Report on horse surra - Volume I
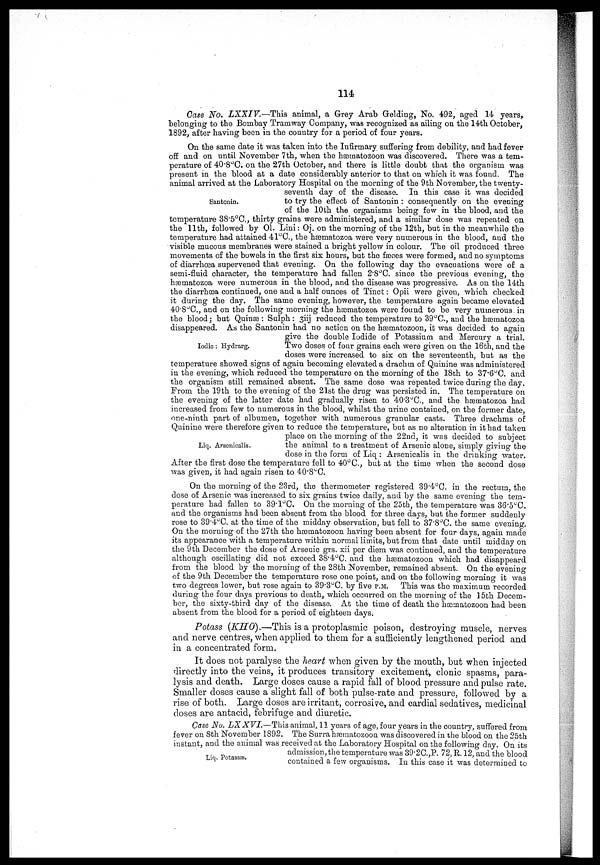
114
Case No. LXXIV.—This
animal, a Grey Arab Gelding, No. 492, aged 14 years,
belonging to the Bombay Tramway Company, was recognized as ailing on the 14th October,
1892, after having been in the country for a period of four years.
Santonin.
Iodic: Hydrarg.
Liq. Arsenicalis.
On the same date it was taken into the Infirmary suffering from debility, and had fever
off and on until November 7th, when the hætnatozoon was discovered. There was a tem¬
perature of 40.8°C. on the 27th October, and there is little doubt that the organism was
present in the blood at a date considerably anterior to that on which it was found. The
animal arrived at the Laboratory Hospital on the morning of the 9th November, the twenty-
seventh day of the disease. In this case it was decided
to try the effect of Santonin: consequently on the evening
of the 10th the organisms being few in the blood, and the
temperature 38.5°C, thirty grains were administered, and a similar dose was repeated on
the 11th, followed by 01. Lini: Oj. on the morning of the 12th, but in the meanwhile the
temperature had attained 41°C., the hæmatozoa were very numerous in the blood, and the
visible mucous membranes were stained a bright yellow in colour. The oil produced three
movements of the bowels in the first six hours, but the faces were formed, and no symptoms
of diarrhoea supervened that evening. On the following day the evacuations were of a
semi-fluid character, the temperature had fallen 2.8ºC. since the previous evening, the
hæmatozoa were numerous in the blood, and the disease was progressive. As on the 14th
the diarrhoea continued, one and a half ounces of Tinct: Opii were given, which checked
it during the day. The same evening, however, the temperature again became elevated
40.8°C, and on the following morning the hæmatozoa were found to be very numerous.in
the blood; but Quinæ : Sulph : Зiij reduced the temperature to 39°C, and the hæmatozoa
disappeared. As the Santonin had no action on the hæmatozoon, it was decided to again
give the double Iodide of Potassium and Mercury a trial.
Two doses of four grains each were given on the 16th, and the
doses were increased to six on the seventeenth, but as the
temperature showed signs of again becoming elevated a drachm of Quinine was administered
in the evening, which reduced the temperature on the morning of the 18ch to 37.6°C. and
the organism still remained absent. The same dose was repeated twice during the day.
From the 19th to the evening of the 21st the drug was persisted in. The temperature on
the evening of the latter date had gradually risen to 40.3°C, and the hæmatozoa had
increased from few to numerous in the blood, whilst the urine contained, on the former date,
one-ninth part of albumen, together with numerous granular casts. Three drachms of
Quinine were therefore given to reduce the temperature, but as no alteration in it had taken
place on the morning of the 22nd, it was decided to subject
the animal to a treatment of Arsenic alone, simply giving the
dose in the form of Liq : Arsenicalis in the drinking water.
After the first dose the temperature fell to 40°C, but at the time when the second dose
was given, it had again risen to 40.8 o C.
On the morning of the 23rd, the thermometer registered 39.4°C. in the rectum, the
dose of Arsenic was increased to six grains twice daily, and by the same evening the tem-
perature had fallen to 390.1°C. On the morning of the 25th, the temperature was 36.5°C.
and the organisms had been absent from the blood for three days, but the former suddenly
rose to 39.4°0. at the time of the midday observation, but fell to 37.8°C. the same evening.
On the morning of the 27th the hæmatozoon having been absent for four days, again made
its appearance with a temperature within normal limits, but from that date until midday on
the 9th December the dose of Arseuic grs. xii per diem was continued, and the temperature
although oscillating did not exceed 38.4°C. and the hæmatozoon which had disappeard
from the blood by the morning of the 28th November, remained absent. On the evening
of the 9th December the temperature rose one point, and on the following morning it was
two degrees lower, but rose again to 39.3°C. by five P.M. This was the maximum recorded
during the four days previous to death, which occnrred on the morning of the 15th Decem-
ber, the sixty-third day of the disease. At the time of death the hæmatozoon had been
absent from the blood for a period of eighteen days.
Potass (KHO).—This is a protoplasmic poison, destroying muscle, nerves
and nerve centres, when applied to them for a sufficiently lengthened period and
in a concentrated form.
It does not paralyse the heart when given by the mouth, but when injected
directly into the veins, it produces transitory excitement, clonic spasms, para-
lysis and death. Large closes cause a rapid fall of blood pressure and pulse rate.
Smaller doses cause a slight fall of both pulse-rate and pressure, followed by a
rise of both. Large doses are irritant, corrosive, and cardial sedatives, medicinal
doses are antacid, febrifuge and diuretic.
Liq. Potassæ.
Case No. LX XVI.—This animal, 11 years of age, four years in the country, suffered from
fever on 8th November 1892. The Surra hæmatozoon was discovered in the blood on the 25th
instant, and the animal was received at the Laboratory Hospital on the following day. On its
admission,the temperature was 39.2C.,P. 72, R. 12, and the blood
contained a few organisms. In this case it was determined to